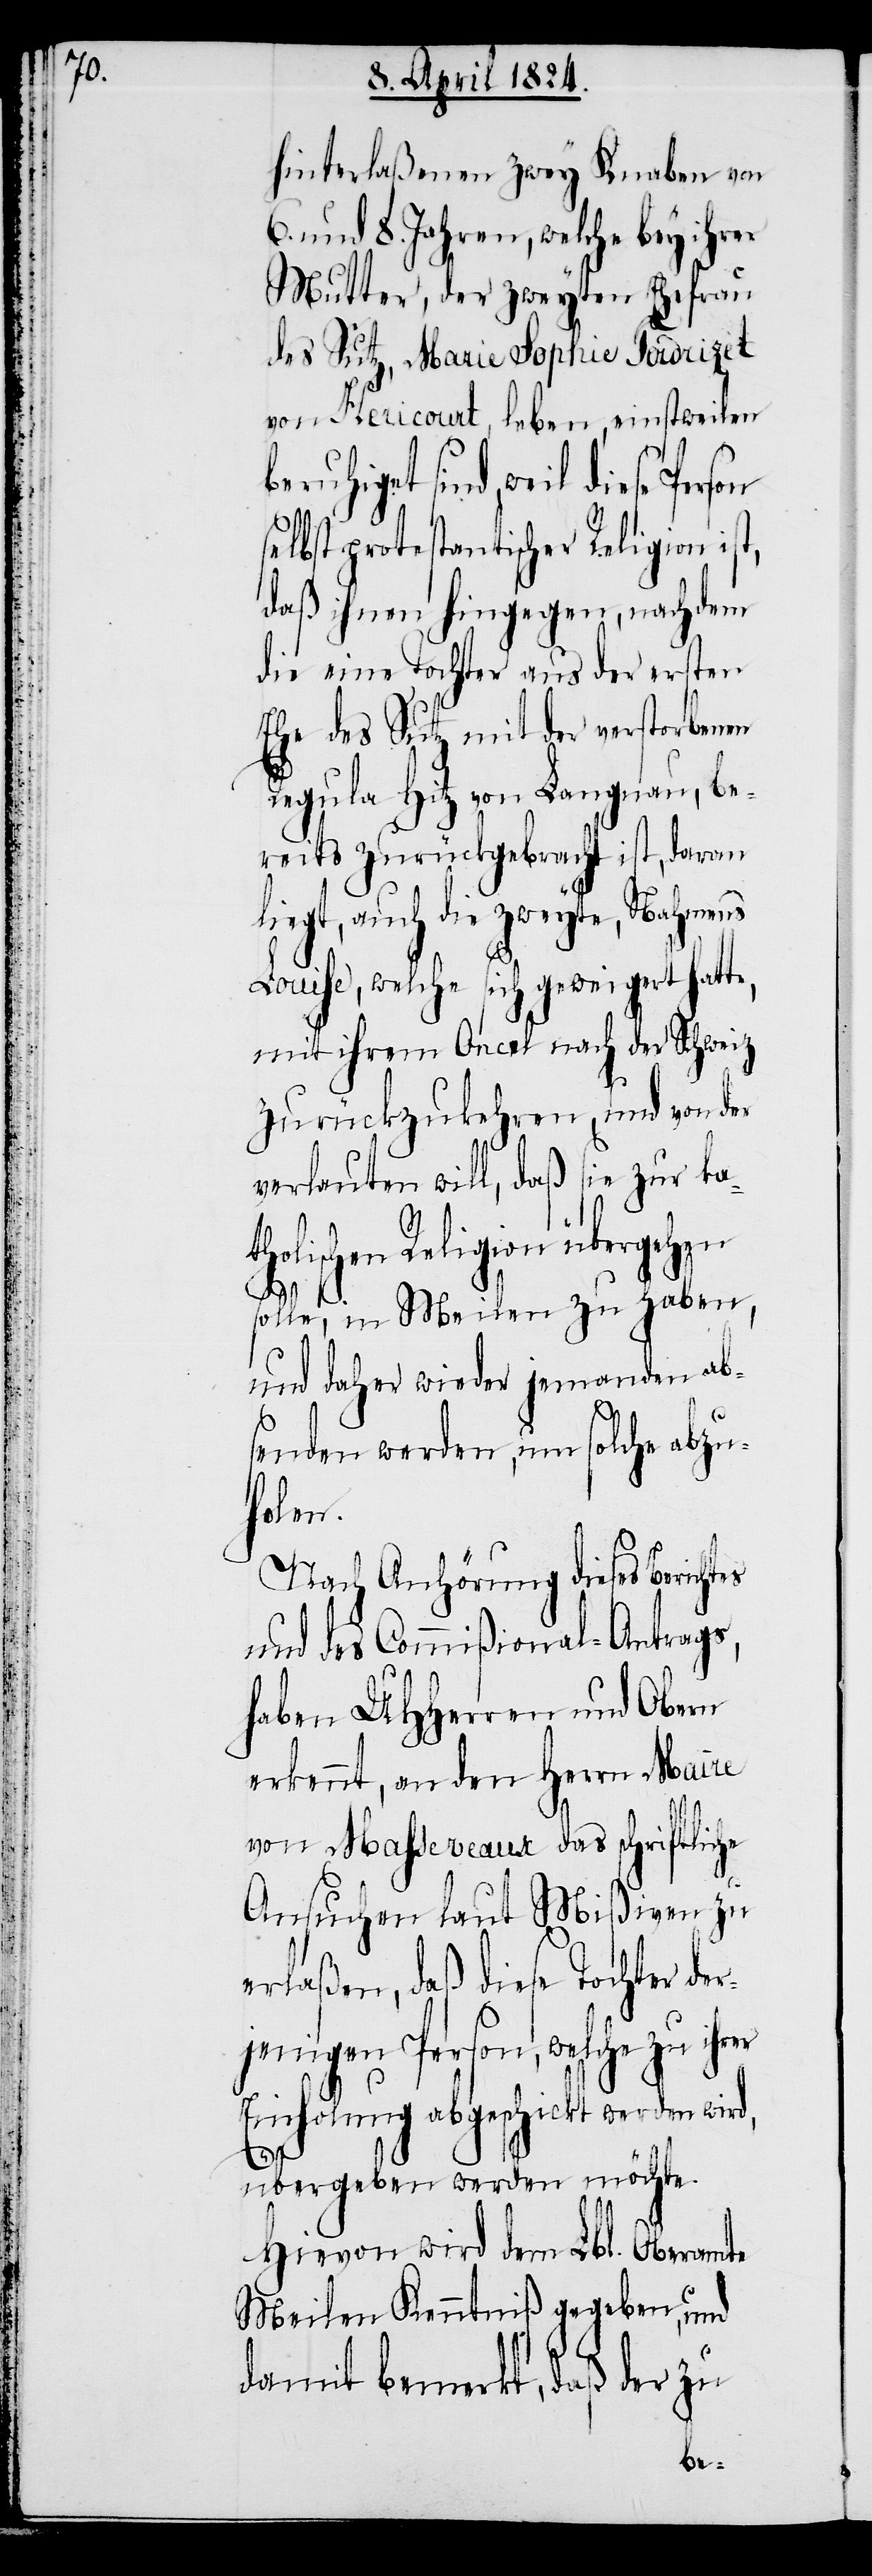
hinterlaßenen zwey Knaben von
6. und 8. Jahren, welche bey ihrer
Mutter, der zweyten Ehefrau
des Sutz, Marie Sophie Fadrizet
von Hericourt, leben, einstweilen
beruhiget sind, weil diese
elbst protestantischer Religion
daß ihnen hingegen, nachdem
die eine Tochter aus der ersten
Ehe des Sutz mit der verstorbenen
Regula Hitz von Langnau, be¬
reits zurückgebracht ist, daran
liegt, auch die zweyte, Nahmens
Louise, welche sich geweigert hatte,
mit ihrem Oncel nach der Schweiz
rer
zurückzukehren, und von der
verlauten will, daß sie zur ka¬
tholischen Religion
solle, in Meilen zu haben,
und daher wieder jemanden ab¬
senden werden, um solche abzu¬
holen.
Nach Anhörung dieses Berichtes
und des Commißional-Antrags,
haben UHHerren und Obern
erkennt, an den Herrn Maire
von Masseveaux das schriftliche
Ansuchen laut Mißiven zu
erlaßen, daß diese Tochter der¬
jenigen Person, welche zu ih¬
Einholung abgeschickt werden
übergeben werden möchte.
Hievon wird dem Lbl. Oberamte
Meilen Kenntniß gegeben, und
damit bemerkt, daß der zu